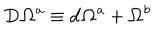
\mathbf { D \Omega } ^ { a } \equiv \mathbf { d \Omega } ^ { a } + \mathbf { \Omega } ^ { b }